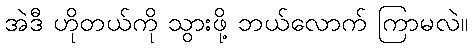
အဲဒီ ဟိုတယ်ကို သွားဖို့ ဘယ်လောက် ကြာမလဲ။